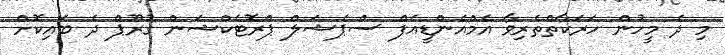
މި ދެ މީހުން ހަރަކާތްތެރިވާ އެމްއެންޑީއެފް ސްޕެޝަލް ޕްރޮޓެކްޝަން ގުރޫޕް ދެ ބައިކޮށް